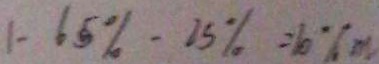
1 - 6 5 \% - 2 5 \% = 1 0 \% m